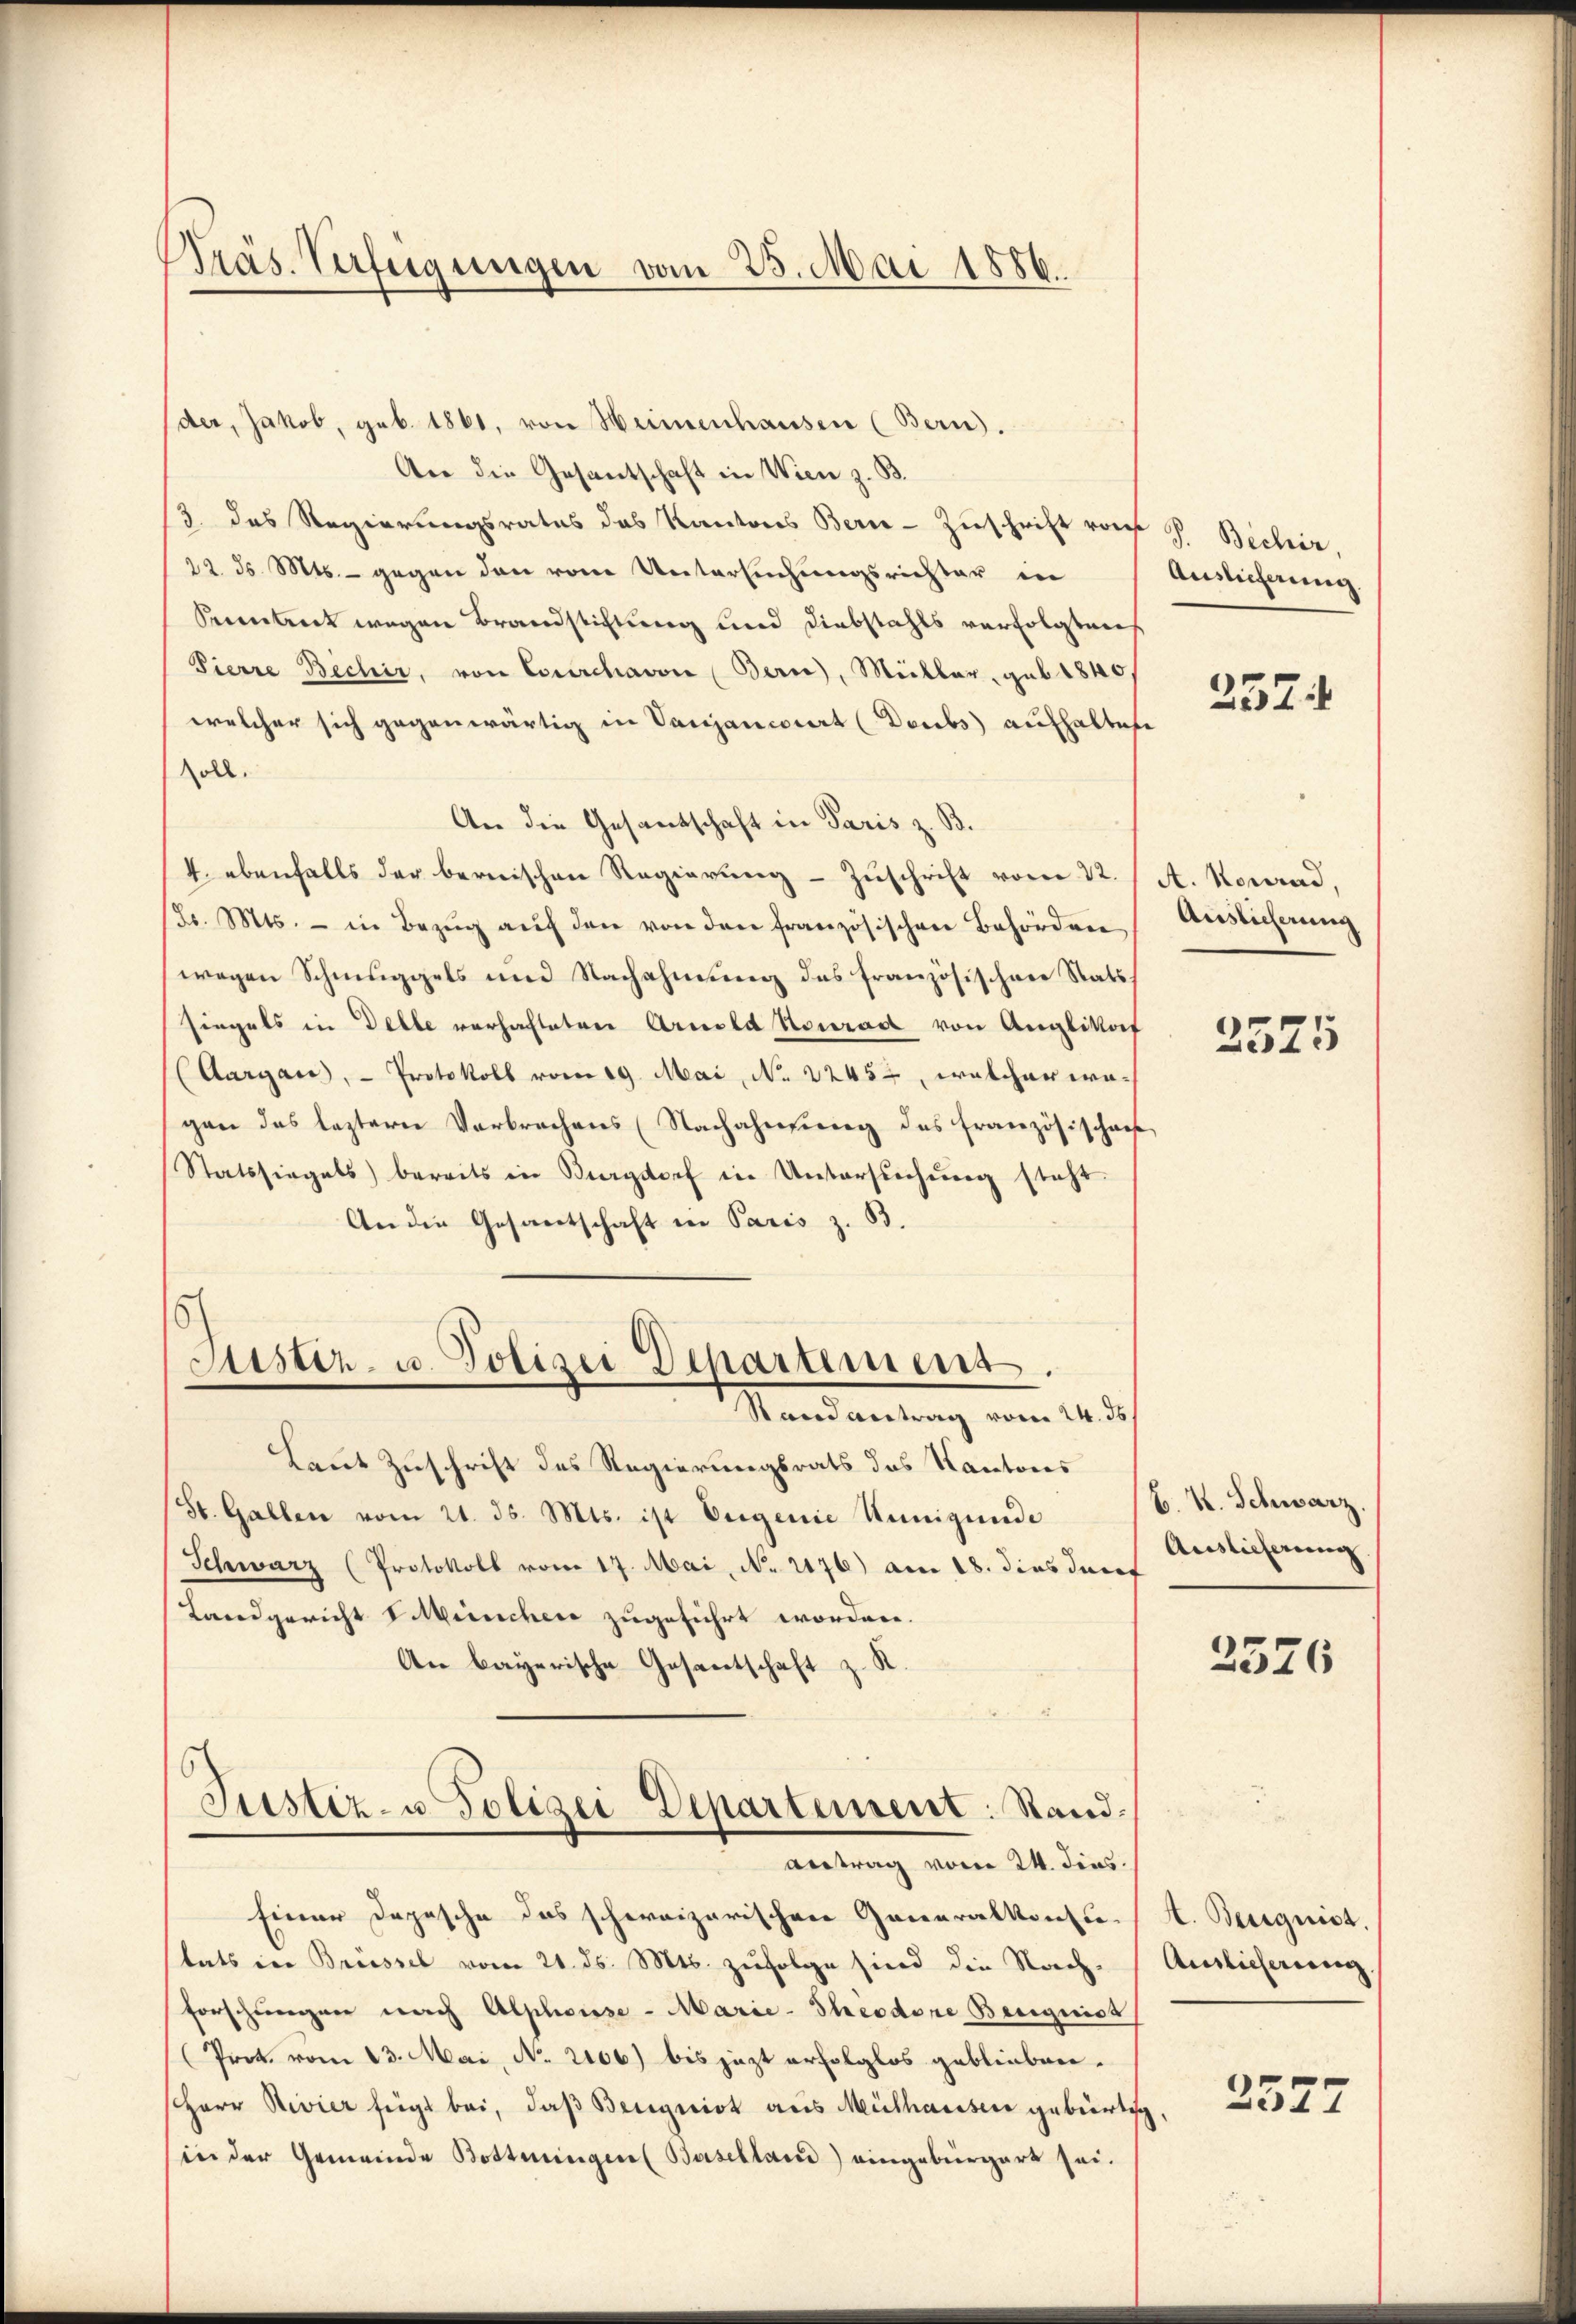
Präs. Verfügungen vom 25. Mai 1886.

der, Jakob, geb. 1861, von Heimenhausen (Bern).
An die Gesantschaft in Wien z. B.
/3. das Regierungsrates das Kantons Berne-Zuschrift von
22. ds. Mts. - gegen den vom Untersuchungsrichter in
Seeintrick wegen Brandstichtung und Diebstahls verfolgt wer
Pierre Becher, von Courchavon Bern, Müller, geb. 1840,
welcher sich gegenwärtig in Vanjanciert (Deubs aufhaltet
soll.
An die Gesandschaft in Paris z. B.
4. ebenfalls der bernischen Regierung - Zuschrift vom 22.
Sr. Mts. - in Bezŭg aŭf den von den französischen Behörden
wegen Schmuggels und Nachahmung des französischen Stats
siegels in Delle verhafteten Arnold Konrad von Anglikof
(Aargau, - Protokoll vom 19. Mai, No 2245, welcher wegen das leztern Verbrechens (Nachahmung des französischaf
Statssiegels bereits in Burgdorf in Untersuchung steht.
An die Gesantschaft in Paris z. B.
)
Sistiz- u. Polizei Departemens.
Stand antrag vom 24. ds.
Laut Zuschrift des Regierungsrats des Kantons
St. Gallen vom 21. ds. Mts. ist Eugenie Kunigunde
Schwarz (Protokoll vom 17. Mai, No 2176) am 18. dies durch
Landgericht Müncher zugeführt worden.
An bayerische Gesantschaft z. K.
C
Justiz- u. Polizei Departement: Standantrag vom 24. dies
Einer Depesche das schweizerischen Generalkonsu-
tats in Brüssel vom 21. ds. Mts. zufolge sind die Nach¬
Forschungen nach Alphose - Marie-Theodore Beugnist
(Prok. vom 23. Mai, No. 2106) bis jezt erfolglos geblieben.
scherr Rivier fügt bei, daß Bergeist aus Mülhausen gebürti
in der Gemeinde Bottmingen Baselland) eingebürgert sei.

P. Becher,
Auslieferung

257

A. Konrad,
Auslicherung

2525

B. H. Schwarz.
Auslieferung

2576

A. Beugnist.
Auslicherung

2327